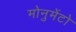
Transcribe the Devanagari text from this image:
मोनुमेंटो